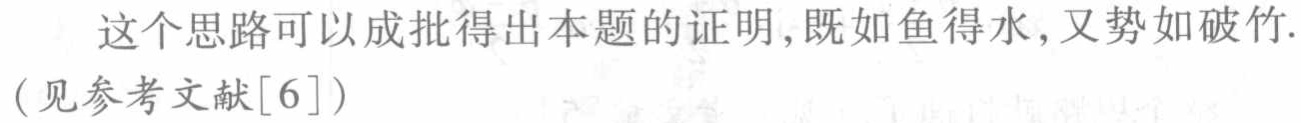
这个思路可以成批得出本题的证明,既如鱼得水,又势如破竹.（见参考文献[6]）